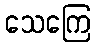
သေကြေ